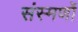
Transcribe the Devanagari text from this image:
संस्मर्णो